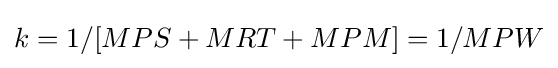
k=1/[MPS+MRT+MPM]=1/MPW\,\!